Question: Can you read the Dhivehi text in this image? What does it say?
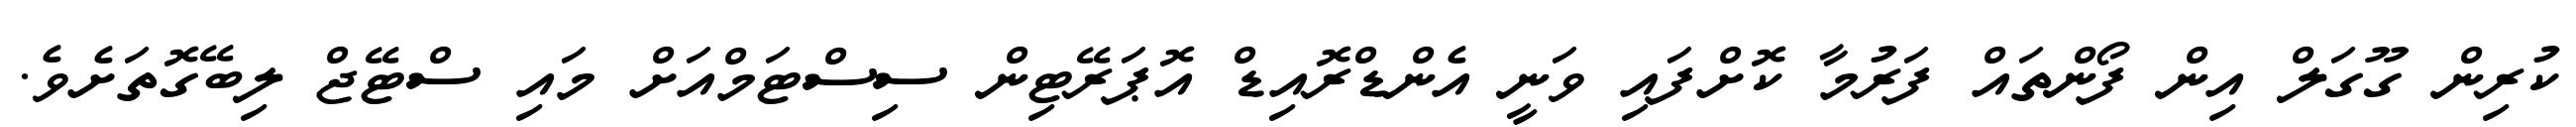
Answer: ކުރިން ގޫގަލް އިން ފޯންތައް ފަރުމާ ކޮށްފައި ވަނީ އެންޑްރޮއިޑް އޮޕަރޭޓިން ސިސްޓަމްއަށް މައި ސްޓޭޖް ލިބޭގޮތަށެވެ.